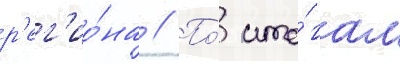
р'ег'ио́на // По́ ито́гам